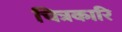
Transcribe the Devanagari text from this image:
चित्रकारि